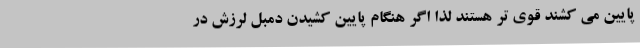
پایین می کشند قوی تر هستند لذا اگر هنگام پایین کشیدن دمبل لرزش در